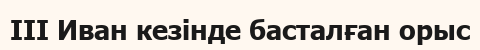
III Иван кезінде басталған орыс